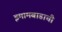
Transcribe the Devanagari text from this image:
इमामबाडाची